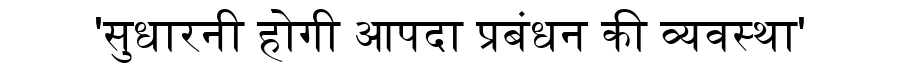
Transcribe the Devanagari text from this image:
'सुधारनी होगी आपदा प्रबंधन की व्यवस्था'